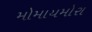
મોમાયમોરા